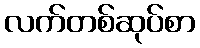
လက်တစ်ဆုပ်စာ